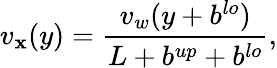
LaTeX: v_{\mathbf{x}}(y)=\frac{{v_{w}(y+b^{lo})}}{{L+b^{up}+b^{lo}}},